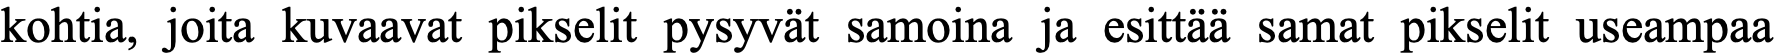
kohtia, joita kuvaavat pikselit pysyvät samoina ja esittää samat pikselit useampaa